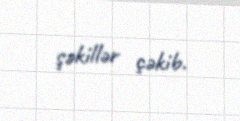
şəkillər çəkib.